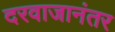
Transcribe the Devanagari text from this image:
दरवाजानंतर